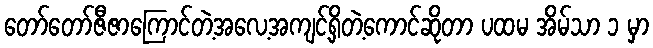
တော်တော်ဇီဇာကြောင်တဲ့အလေ့အကျင့်ရှိတဲ့ကောင်ဆိုတာ ပထမ အိမ်သာ ၁ မှာ